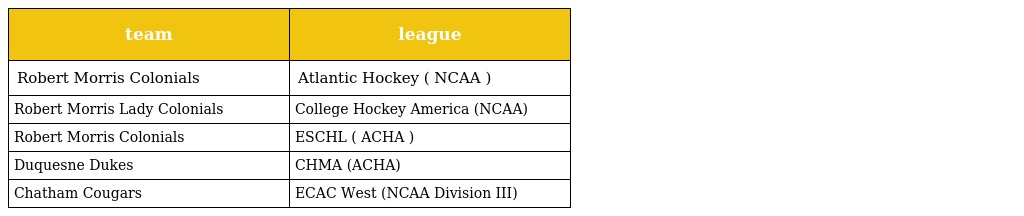
| team | league |
 | --- | --- |
 | Robert Morris Colonials | Atlantic Hockey ( NCAA ) |
 | Robert Morris Lady Colonials | College Hockey America (NCAA) |
 | Robert Morris Colonials | ESCHL ( ACHA ) |
 | Duquesne Dukes | CHMA (ACHA) |
 | Chatham Cougars | ECAC West (NCAA Division III) |